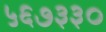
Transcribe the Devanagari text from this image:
५६७३३०